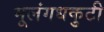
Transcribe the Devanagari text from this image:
मूलंगधकुटी